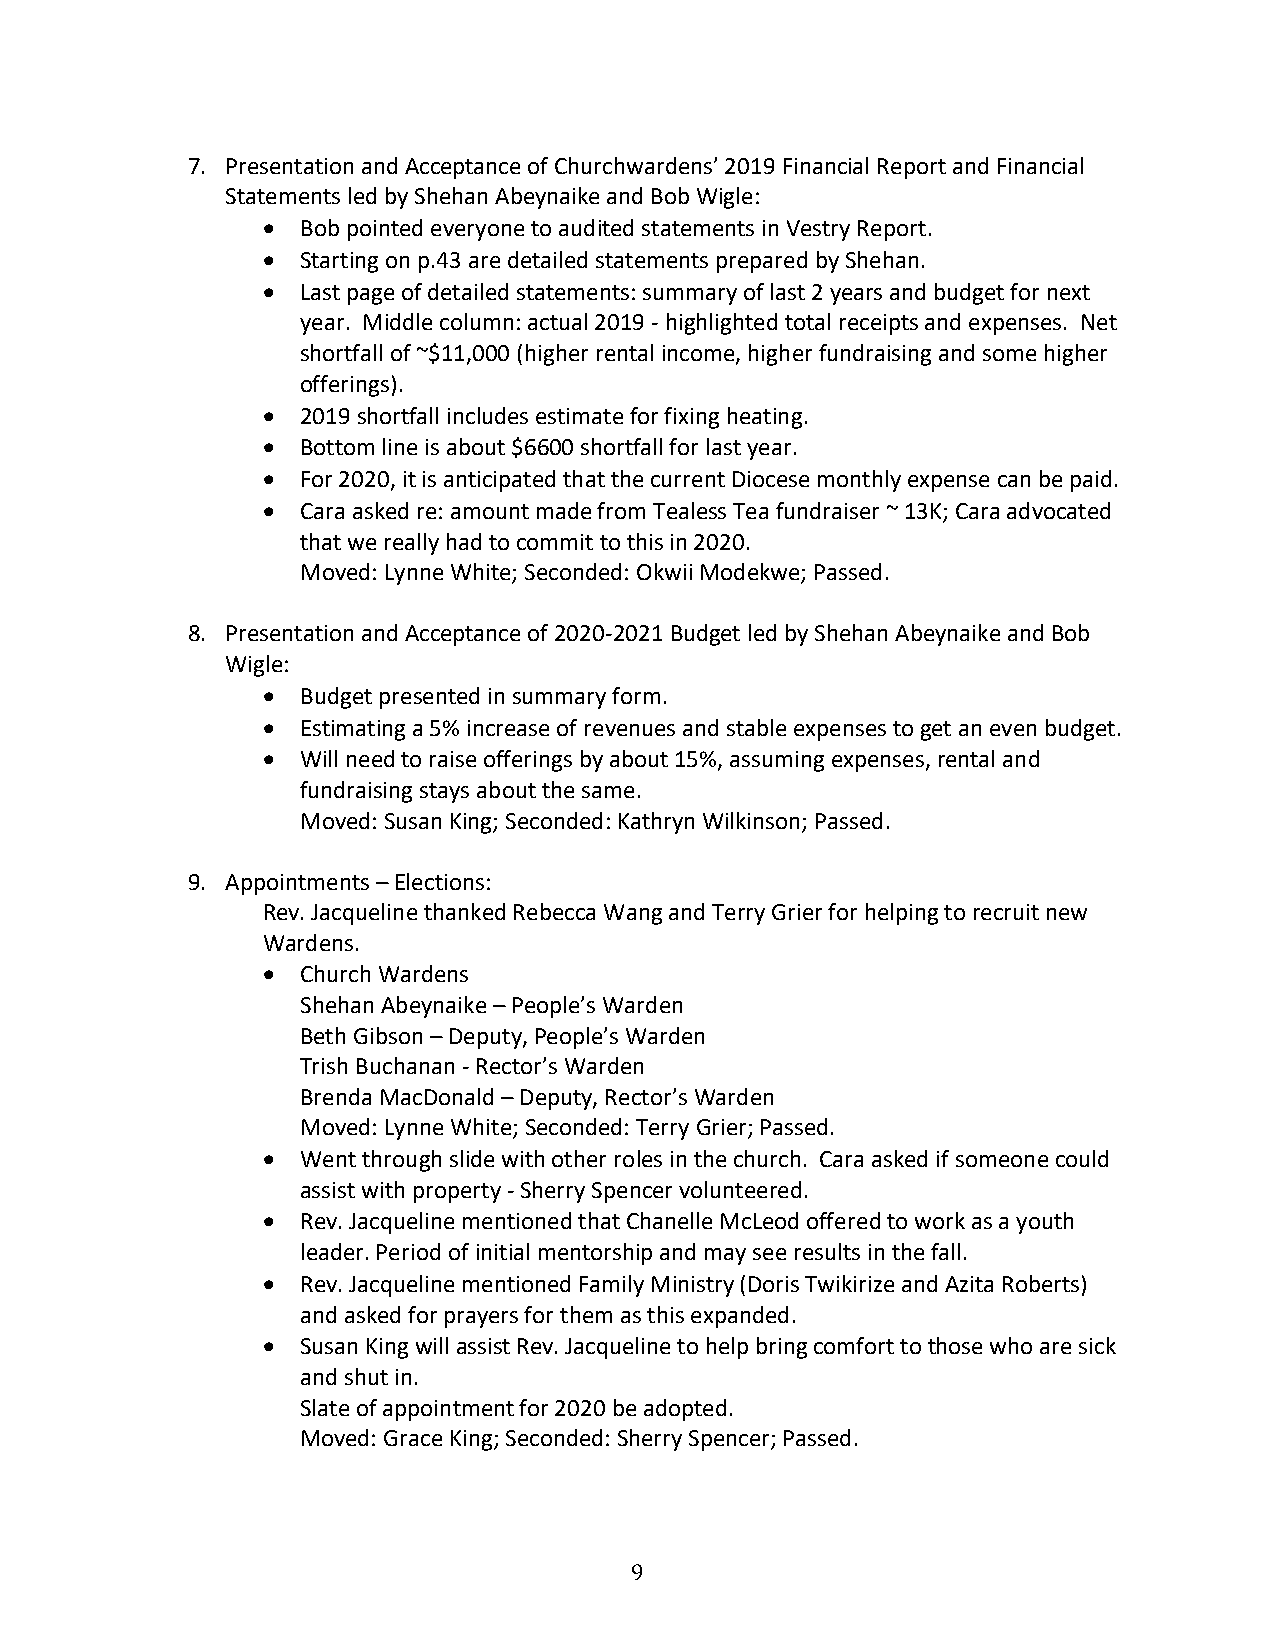
7. Presentation and Acceptance of Churchwardens’ 2019 Financial Report and Financial
 Statements led by Shehan Abeynaike and Bob Wigle:
 •  Bob pointed everyone to audited statements in Vestry Report.
 •  Starting on p.43 are detailed statements prepared by Shehan.
 •  Last page of detailed statements: summary of last 2 years and budget for next
 year. Middle column: actual 2019 - highlighted total receipts and expenses. Net
 shortfall of ~$11,000 (higher rental income, higher fundraising and some higher
 offerings).
 •  2019 shortfall includes estimate for fixing heating.
 •  Bottom line is about $6600 shortfall for last year.
 •  For 2020, it is anticipated that the current Diocese monthly expense can be paid.
 •  Cara asked re: amount made from Tealess Tea fundraiser ~ 13K; Cara advocated
 that we really had to commit to this in 2020.
 Moved: Lynne White; Seconded: Okwii Modekwe; Passed.
 8. Presentation and Acceptance of 2020-2021 Budget led by Shehan Abeynaike and Bob
 Wigle:
 •  Budget presented in summary form.
 •  Estimating a 5% increase of revenues and stable expenses to get an even budget.
 •  Will need to raise offerings by about 15%, assuming expenses, rental and
 fundraising stays about the same.
 Moved: Susan King; Seconded: Kathryn Wilkinson; Passed.
 9. Appointments – Elections:
 Rev. Jacqueline thanked Rebecca Wang and Terry Grier for helping to recruit new
 Wardens.
 •  Church Wardens
 Shehan Abeynaike – People’s Warden
 Beth Gibson – Deputy, People’s Warden
 Trish Buchanan - Rector’s Warden
 Brenda MacDonald – Deputy, Rector’s Warden
 Moved: Lynne White; Seconded: Terry Grier; Passed.
 •  Went through slide with other roles in the church. Cara asked if someone could
 assist with property - Sherry Spencer volunteered.
 •  Rev. Jacqueline mentioned that Chanelle McLeod offered to work as a youth
 leader. Period of initial mentorship and may see results in the fall.
 •  Rev. Jacqueline mentioned Family Ministry (Doris Twikirize and Azita Roberts)
 and asked for prayers for them as this expanded.
 •  Susan King will assist Rev. Jacqueline to help bring comfort to those who are sick
 and shut in.
 Slate of appointment for 2020 be adopted.
 Moved: Grace King; Seconded: Sherry Spencer; Passed.
 9